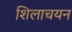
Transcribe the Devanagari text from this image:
शिलाचयन